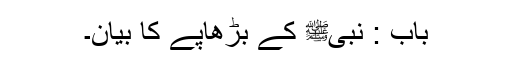
باب : نبیﷺ کے بڑھاپے کا بیان۔